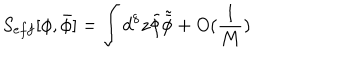
S _ { e f f } [ \phi , \bar { \phi } ] = \int d ^ { 8 } z \tilde { \phi } \tilde { \bar { \phi } } + O ( \frac { 1 } { M } )